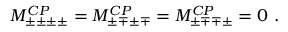
{ \cal M } _ { \pm \pm \pm \pm } ^ { C P } = { \cal M } _ { \pm \mp \pm \mp } ^ { C P } = { \cal M } _ { \pm \mp \mp \pm } ^ { C P } = 0 \, \, .